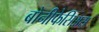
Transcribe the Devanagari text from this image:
बोनीफेसिअस